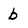
Character: b